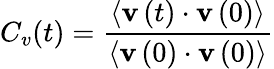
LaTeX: C_{v}(t)=\frac{\left<{\mathbf v}\left(t\right)\cdot{\mathbf v}\left(0\right)\right>}{\left<{\mathbf v}\left(0\right)\cdot{\mathbf v}\left(0\right)\right>}